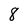
Character: 8